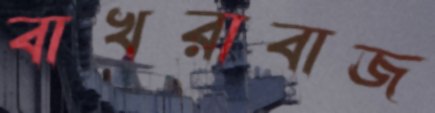
বাখরাবাজ